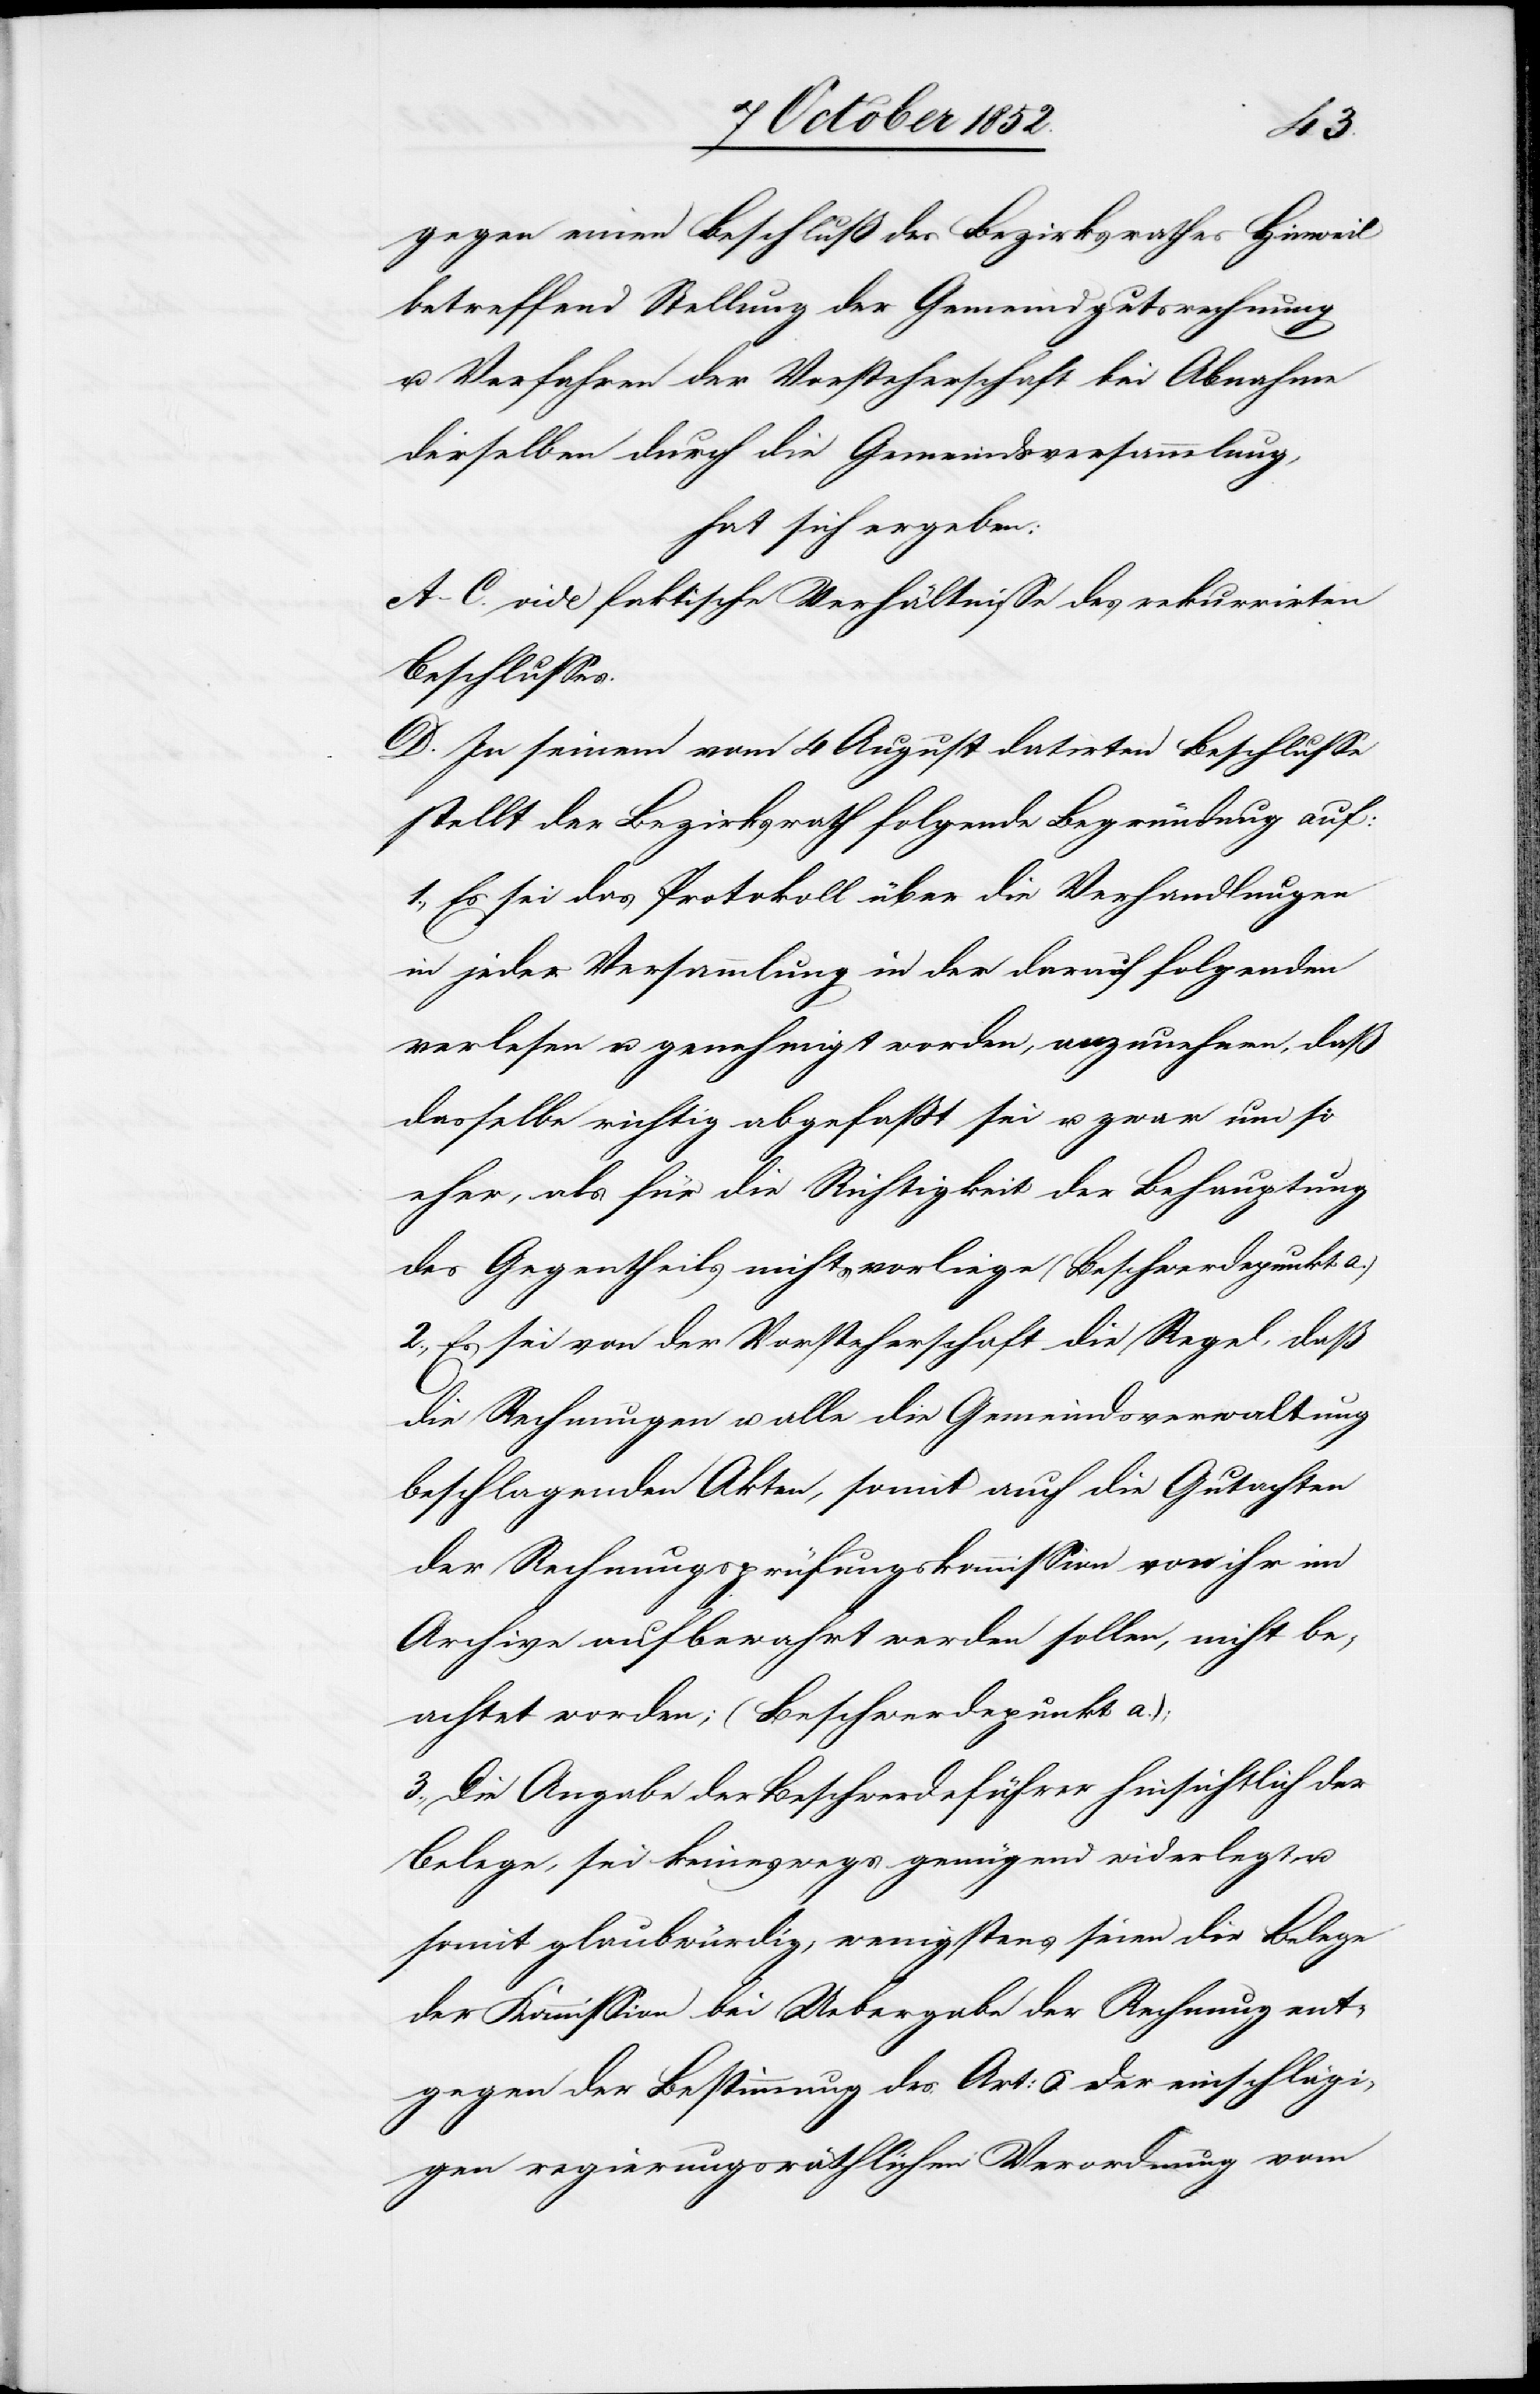
gegen einen Beschluß des Bezirksrathes Hinweil
betreffend Stellung der Gemeindgutsrechnung
u. Verfahren der Vorsteherschaft bei Abnahme
derselben durch die Gemeindsversammlung,
hat sich ergeben:
A–C. vide faktische Verhältnisse des rekurrirten
Beschlusses.
D. In seinem vom 4 August datirten Beschlusse
stellt der Bezirksrath folgende Begründung auf:
1., Es sei das Protokoll über die Verhandlungen
in jeder Versammlung in der darauf folgenden
verlesen u. genehmigt worden, anzunehmen, daß
dasselbe richtig abgefaßt sei u. zwar um so
eher, als für die Richtigkeit der Behauptung
des Gegentheils nichts vorliege (Beschwerdepunkt a.)
2., Es sei von der Vorsteherschaft die Regel, daß
die Rechnungen u. alle die Gemeindsverwaltung
beschlagenden Akten, somit auch die Gutachten
der Rechnungsprüfungskommission von ihr im
Archive aufbewahrt werden sollen, nicht be¬
achtet worden; (Beschwerdepunkt a.);
3., Die Angabe der Beschwerdeführer hinsichtlich der
Belege, sei keineswegs genügend widerlegt u.
somit glaubwürdig, wenigstens seien die Belege
der Kommission bei Uebergabe der Rechnung ent¬
gegen der Bestimmung des Art: 6. der einschlägi¬
gen regierungsräthlichen Verordnung vom